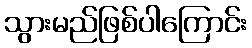
သွားမည်ဖြစ်ပါကြောင်း